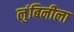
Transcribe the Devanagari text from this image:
लुंबिनीला